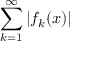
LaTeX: \sum _ { k = 1 } ^ { \infty } | f _ { k } ( x ) |